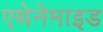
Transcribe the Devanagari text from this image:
एथेनेमाइड